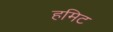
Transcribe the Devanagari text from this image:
हमिट